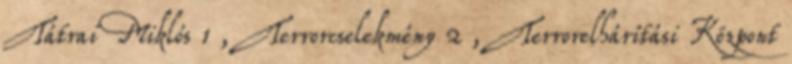
Tátrai Miklós 1 , Terrorcselekmény 2 , Terrorelhárítási Központ